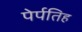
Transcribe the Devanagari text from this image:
पेर्पतिह